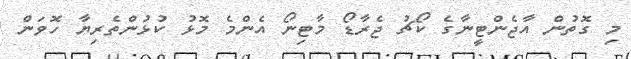
މި ގޮތުން އާޖެންޓީނާގެ ކޯޗު ޖެރާޑޯ މާޓިނޯ އެންމެ މޮޅު ކުޅުންތެރިޔާ ހޮވަން